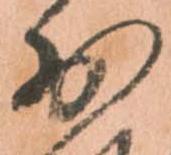
少